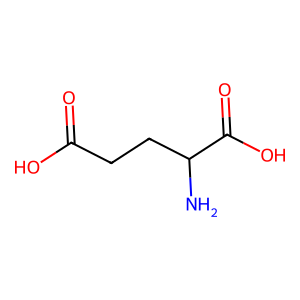
SMILES: NC(CCC(=O)O)C(=O)O
Inhibits HIV replication: No